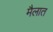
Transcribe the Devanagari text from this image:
मैलात